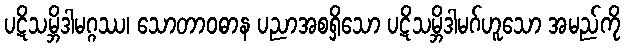
ပဋိသမ္ဘိဒါမဂ္ဂဿ၊ သောတာဝဓာန ပညာအစရှိသော ပဋိသမ္ဘိဒါမဂ်ဟူသော အမည်ကို